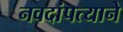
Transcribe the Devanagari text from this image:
नवदांपत्याने